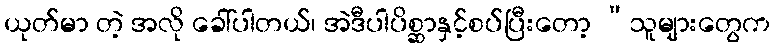
ယုတ်မာ တဲ့ အလို ခေါ်ပါတယ်၊ အဲဒီပါပိစ္ဆာနှင့်စပ်ပြီးတော့ “သူများတွေက